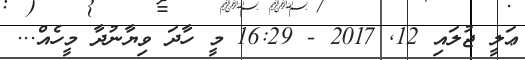
ޢަލީ ޖުލައި 12